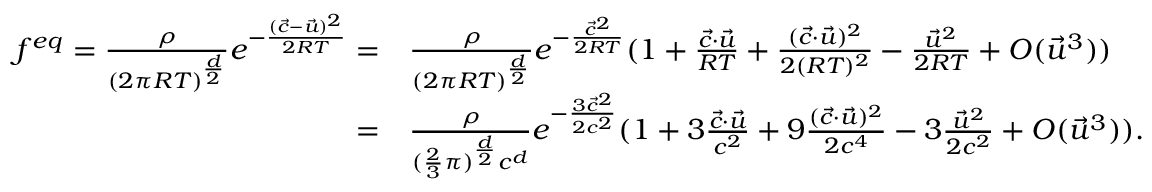
\begin{array} { r l } { f ^ { e q } = \frac { \rho } { ( 2 \pi R T ) ^ { \frac { d } { 2 } } } e ^ { - \frac { ( \Vec { c } - \Vec { u } ) ^ { 2 } } { 2 R T } } = } & { \frac { \rho } { ( 2 \pi R T ) ^ { \frac { d } { 2 } } } e ^ { - \frac { \vec { c } ^ { 2 } } { 2 R T } } ( 1 + \frac { \Vec { c } \cdot \Vec { u } } { R T } + \frac { ( \Vec { c } \cdot \Vec { u } ) ^ { 2 } } { 2 ( R T ) ^ { 2 } } - \frac { \Vec { u } ^ { 2 } } { 2 R T } + O ( \Vec { u } ^ { 3 } ) ) } \\ { = } & { \frac { \rho } { ( \frac { 2 } { 3 } \pi ) ^ { \frac { d } { 2 } } c ^ { d } } e ^ { - \frac { 3 \vec { c } ^ { 2 } } { 2 c ^ { 2 } } } ( 1 + 3 \frac { \Vec { c } \cdot \Vec { u } } { c ^ { 2 } } + 9 \frac { ( \Vec { c } \cdot \Vec { u } ) ^ { 2 } } { 2 c ^ { 4 } } - 3 \frac { \Vec { u } ^ { 2 } } { 2 c ^ { 2 } } + O ( \Vec { u } ^ { 3 } ) ) . } \end{array}